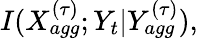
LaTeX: I(X_{agg}^{(\tau)};Y_{t}|Y_{agg}^{(\tau)}),